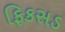
ફિકસડ